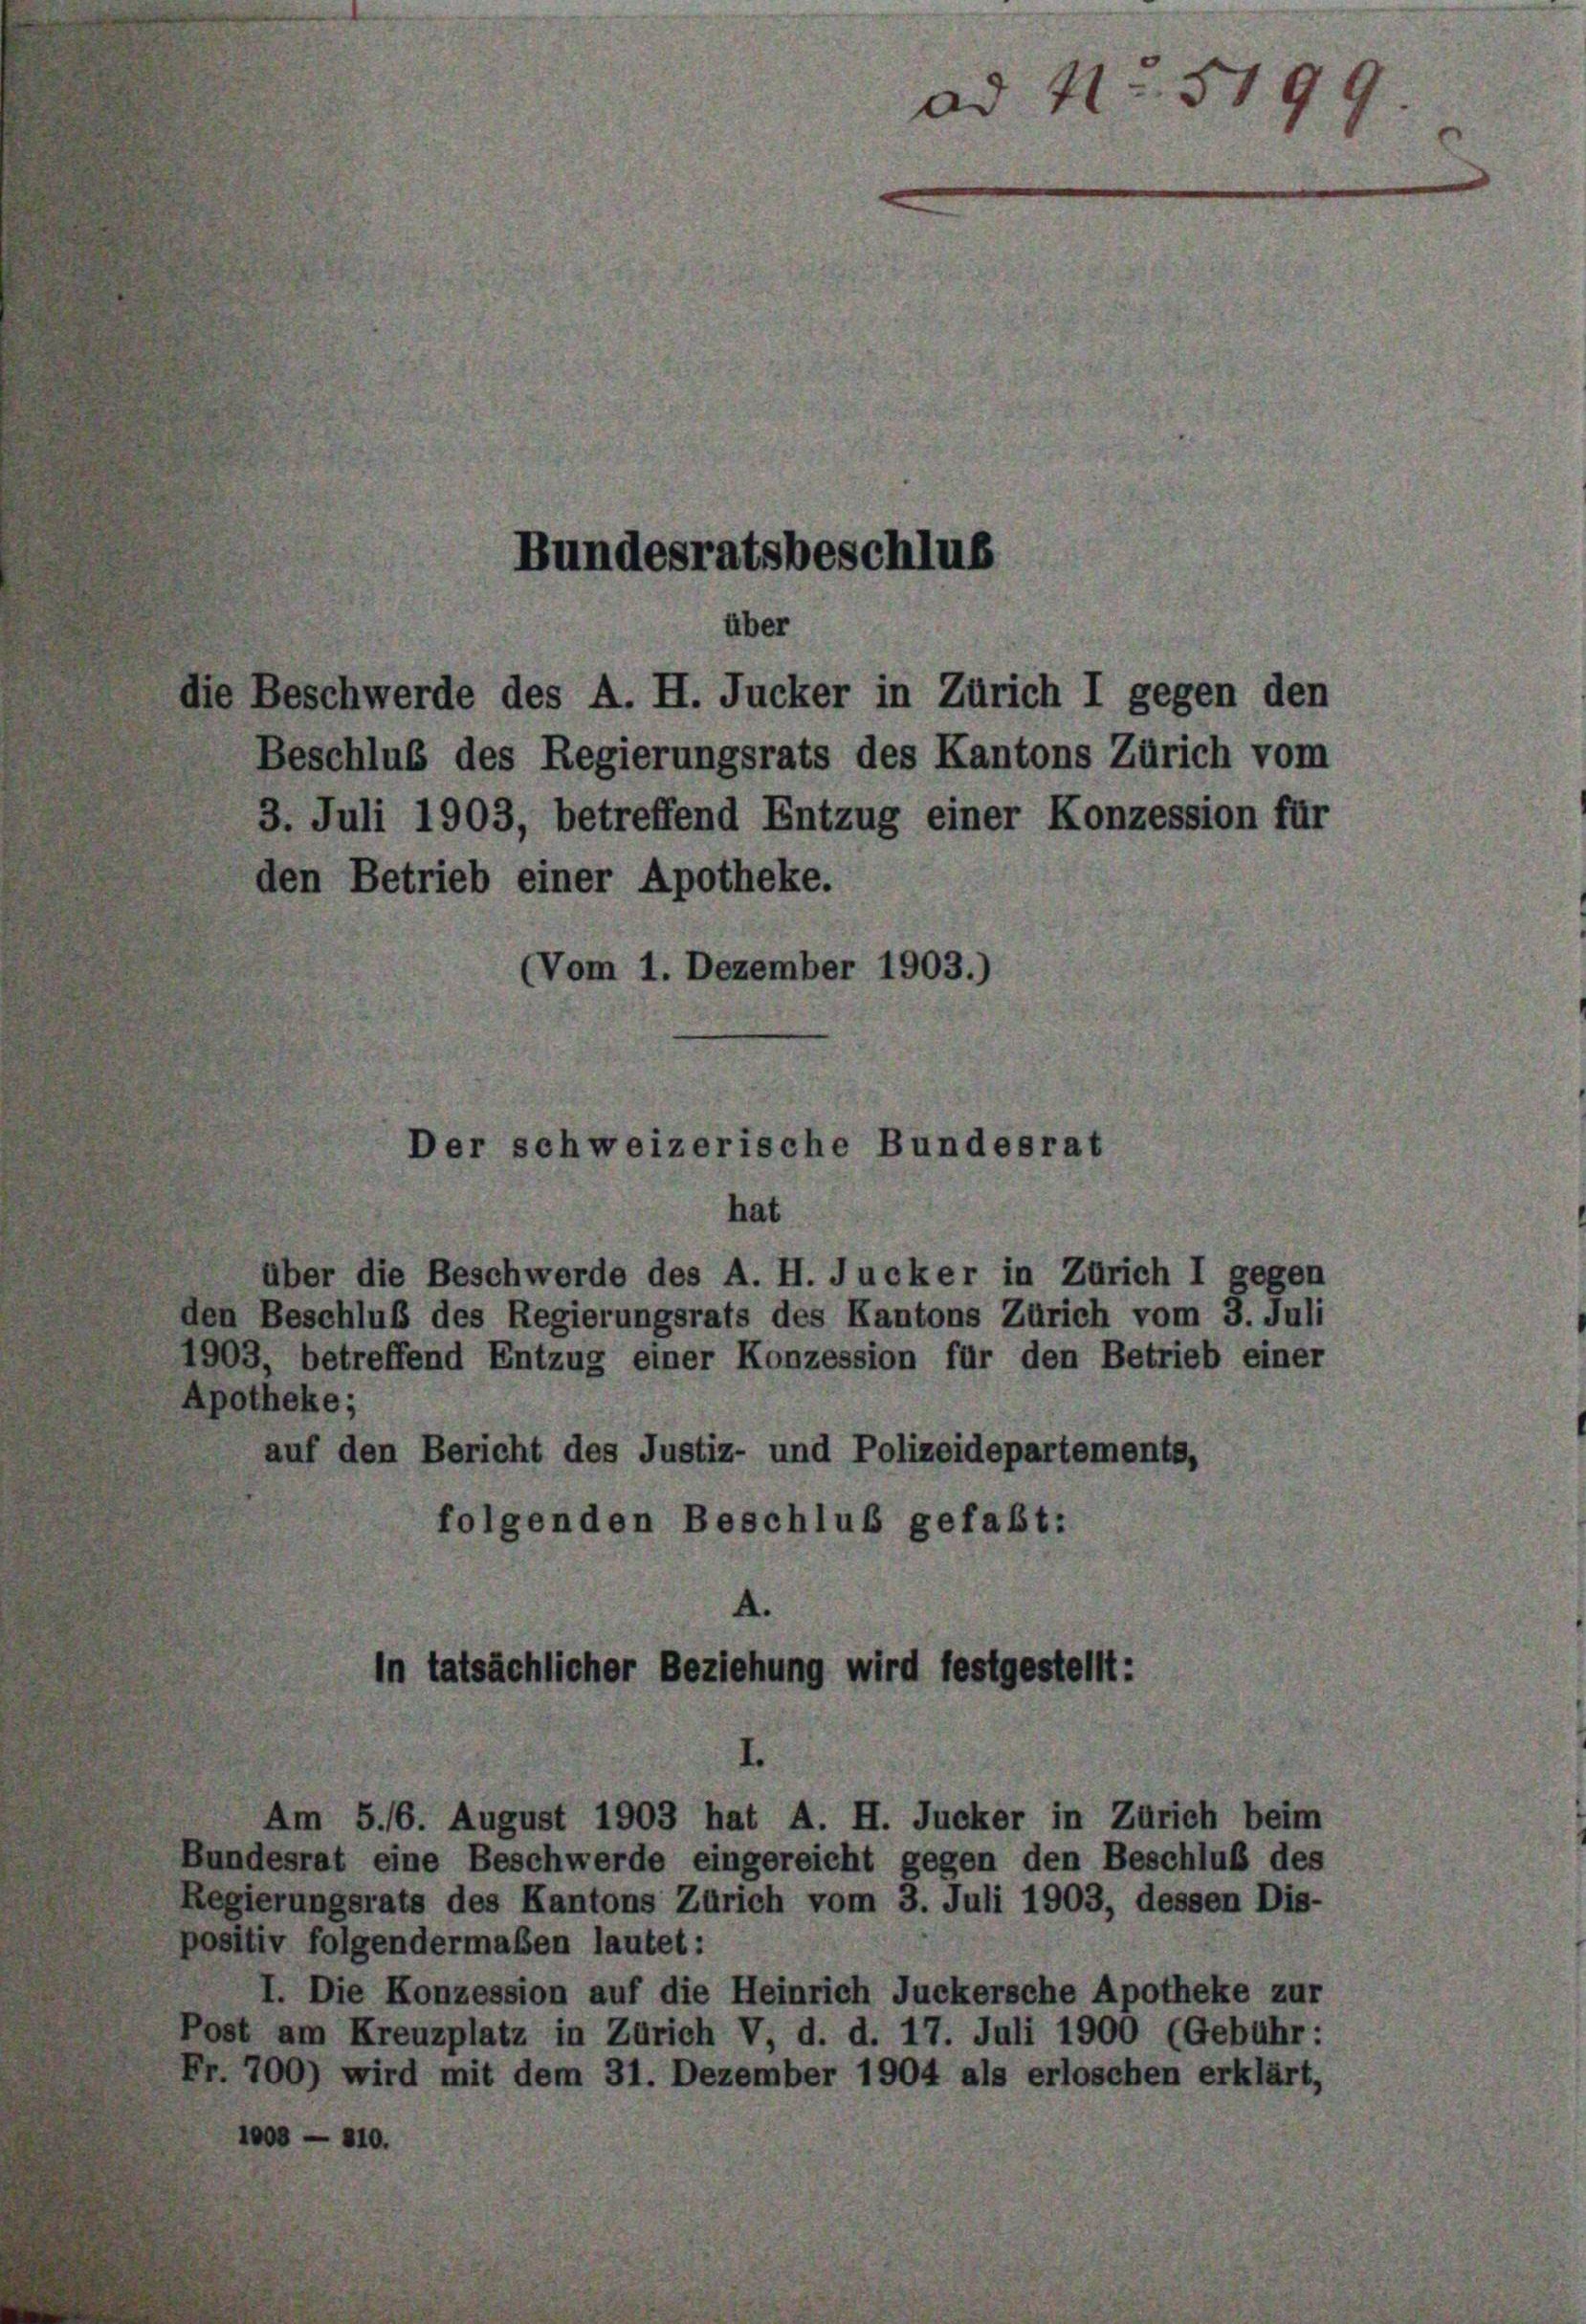
Bundesratsbeschlus
über
e Beschwerde des A. H. Jucker in Zürich I gegen den

(Vom 1. Dezember 1903.)

Beschluß des Regierungsrats des Kantons Zürich vom
3. Juli 1903, betreffend Entzug einer Konzession für
den Betrieb einer Apotheke.

Der schweizerische Bundesrat
hat

A.
In tatsächlicher Beziehung wird festgestellt:

ad N. 5199

über die Beschwerde des A. H. Jucker in Zürich I gegen
den Beschluß des Regierungsrats des Kantons Zürich vom 3. Juli
1903, betreffend Entzug einer Konzession für den Betrieb einer
Apotheke;
auf den Bericht des Justiz- und Polizeidepartements,
folgenden Beschluß gefaßt:

Am 5./6. August 1903 hat A. H. Jucker in Zürich beim
Bundesrat eine Beschwerde eingereicht gegen den Beschluß des
Regierungsrats des Kantons Zürich vom 3. Juli 1903, dessen Dis-
positiv folgendermaßen lautet:
I. Die Konzession auf die Heinrich Juckersche Apotheke zur
Post am Kreuzplatz in Zürich V, d. d. 17. Juli 1900 (Gebuhr:
Fr. 700) wird mit dem 31. Dezember 1904 als erloschen erklärt,
1008 — 310.